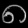
Digit: ၈